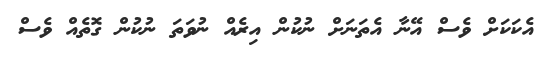
އެކަކަށް ވެސް އޭނާ އެތަނަށް ނުކުން އިރެއް ނުވަތަ ނުކުން ގޮތެއް ވެސް